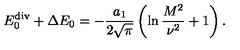
E _ { 0 } ^ { \mathrm { d i v } } + \Delta E _ { 0 } = - \frac { a _ { 1 } } { 2 \sqrt { \pi } } \left( \ln \frac { M ^ { 2 } } { \nu ^ { 2 } } + 1 \right) .